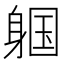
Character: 𬧩